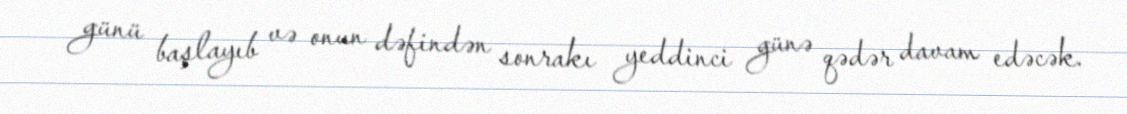
günü başlayıb və onun dəfindən sonrakı yeddinci günə qədər davam edəcək.